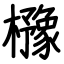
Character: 櫲